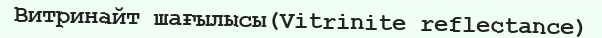
Витринайт шағылысы(Vitrinite reflectance)